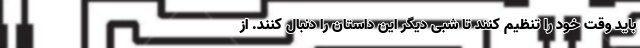
باید وقت خود را تنظیم کنند تا شبی دیگر این داستان را دنبال کنند. از